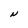
Character: N